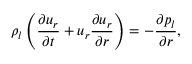
\rho _ { l } \left( \frac { \partial u _ { r } } { \partial t } + u _ { r } \frac { \partial u _ { r } } { \partial r } \right) = - \frac { \partial p _ { l } } { \partial r } ,